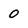
Character: 0